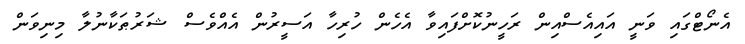
އެނޯޓްގައި ވަނީ އައިއެސްއިން ރަހީނުކޮށްފައިވާ އެހެން ހުރިހާ އަސީރުން އެއްވެސް ޝަރުޠަކާނުލާ މިނިވަން